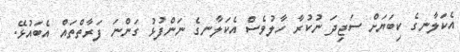
އެކަލާނގެ ކިބަޔަށް ސަޖިދަ ނުކުރާ ހާލުވެސް އެކަލާނގެ ނަންފުޅު ގަންނަ ފަރާތްތައް އެބައުޅޭ.